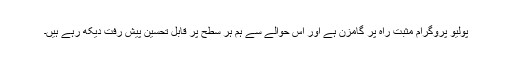
پولیو پروگرام مثبت راہ پر گامزن ہے اور اس حوالے سے ہم ہر سطح پر قابل تحسین پیش رفت دیکھ رہے ہیں۔